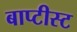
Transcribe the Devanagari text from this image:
बाप्टीस्ट